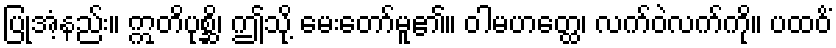
ပြုအံ့နည်း။ ဣတိပုစ္ဆိ၊ ဤသို့ မေးတော်မူ၏။ ဝါမဟတ္ထေ၊ လက်ဝဲလက်ကို။ ပထဝိံ